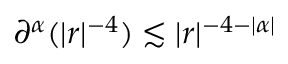
\partial ^ { \alpha } ( | r | ^ { - 4 } ) \lesssim | r | ^ { - 4 - | \alpha | }